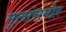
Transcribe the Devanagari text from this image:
मुलांसमोर